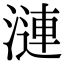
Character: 漣